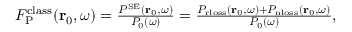
\begin{array} { r } { F _ { \mathrm { P } } ^ { \mathrm { c l a s s } } ( \mathbf { r } _ { 0 } , \omega ) = \frac { P ^ { \mathrm { S E } } ( { \bf r } _ { 0 } , \omega ) } { P _ { 0 } ( \omega ) } = \frac { P _ { \mathrm { r l o s s } } ( \mathbf { r } _ { 0 } , \omega ) + P _ { \mathrm { n l o s s } } ( \mathbf { r } _ { 0 } , \omega ) } { P _ { 0 } ( { \omega } ) } , } \end{array}